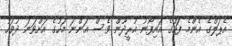
އެޕަލްގެ އެންމެ ފަހުގެ އައިފޯނު އުރީދޫން ވެސް އަންނަ މަހުގެ އަށްވަނަ ދުވަހު